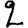
Digit: 2